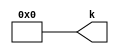
module v9b9118_v465065 #(
 parameter VALUE = 0
) (
 output [3:0] k
);
 assign k = VALUE;
endmodule